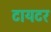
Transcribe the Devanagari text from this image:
टायटर